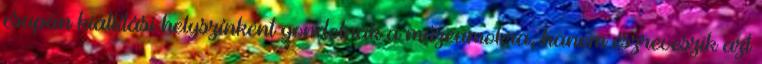
csupán kiállítási helyszínként gondolnak a múzeumokra, hanem észreveszik azt